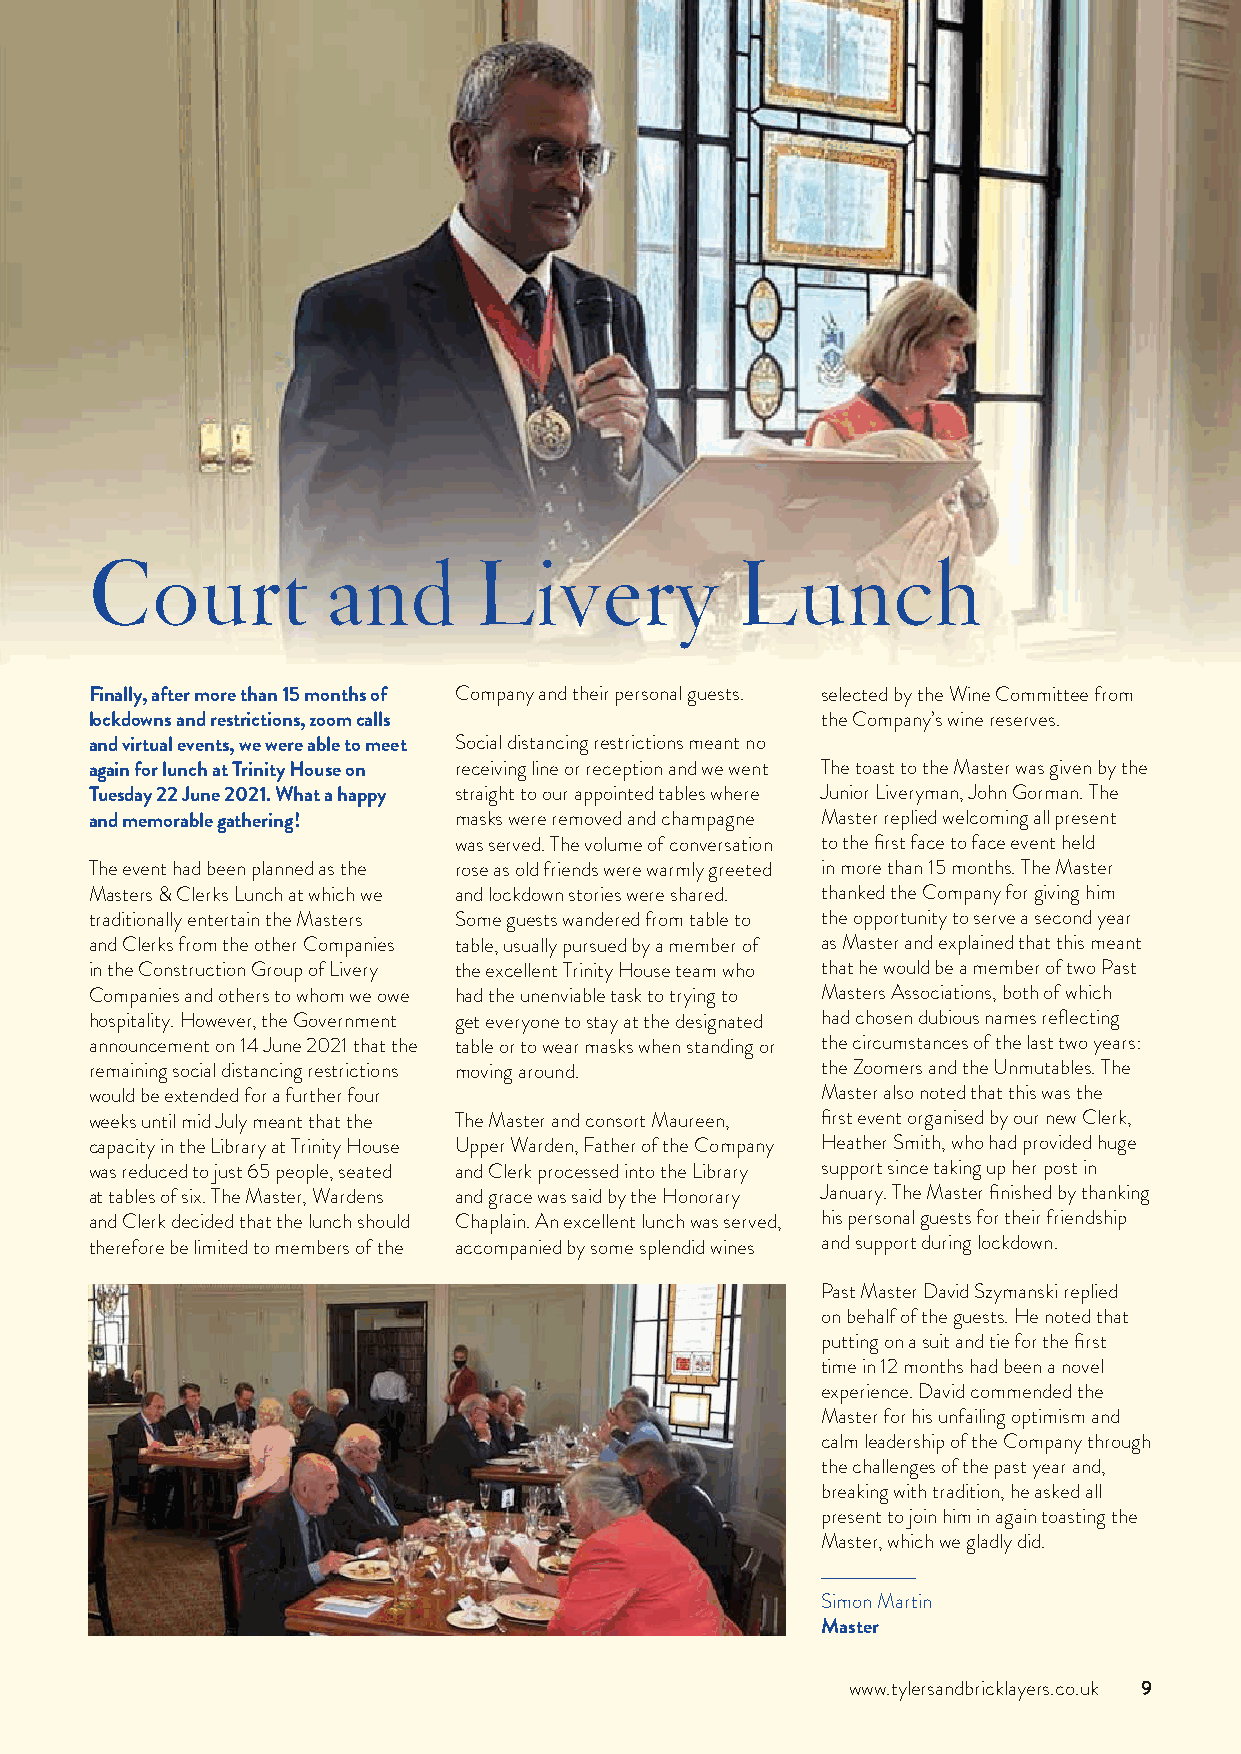
Court           and      Livery            Lunch
 Finally, after more than 15 months of Company and their personal guests. selected by the Wine Committee from
 lockdowns and restrictions, zoom calls          the Company’s wine reserves.
 and virtual events, we were able to meet Social distancing restrictions meant no
 again for lunch at Trinity House on receiving line or reception and we went The toast to the Master was given by the
 Tuesday 22 June 2021. What a happy straight to our appointed tables where Junior Liveryman, John Gorman. The
 and memorable gathering! masks were removed and champagne Master replied welcoming all present
 was served. The volume of conversation to the first face to face event held
 The event had been planned as the rose as old friends were warmly greeted in more than 15 months. The Master
 Masters & Clerks Lunch at which we and lockdown stories were shared. thanked the Company for giving him
 traditionally entertain the Masters Some guests wandered from table to the opportunity to serve a second year
 and Clerks from the other Companies table, usually pursued by a member of as Master and explained that this meant
 in the Construction Group of Livery the excellent Trinity House team who that he would be a member of two Past
 Companies and others to whom we owe had the unenviable task to trying to Masters Associations, both of which
 hospitality. However, the Government get everyone to stay at the designated had chosen dubious names reflecting
 announcement on 14 June 2021 that the table or to wear masks when standing or the circumstances of the last two years:
 remaining social distancing restrictions moving around. the Zoomers and the Unmutables. The
 would be extended for a further four            Master also noted that this was the
 weeks until mid July meant that the The Master and consort Maureen, first event organised by our new Clerk,
 capacity in the Library at Trinity House Upper Warden, Father of the Company Heather Smith, who had provided huge
 was reduced to just 65 people, seated and Clerk processed into the Library support since taking up her post in
 at tables of six. The Master, Wardens and grace was said by the Honorary January. The Master finished by thanking
 and Clerk decided that the lunch should Chaplain. An excellent lunch was served, his personal guests for their friendship
 therefore be limited to members of the accompanied by some splendid wines and support during lockdown.
 Past Master David Szymanski replied
 on behalf of the guests. He noted that
 putting on a suit and tie for the first
 time in 12 months had been a novel
 experience. David commended the
 Master for his unfailing optimism and
 calm leadership of the Company through
 the challenges of the past year and,
 breaking with tradition, he asked all
 present to join him in again toasting the
 Master, which we gladly did.
 Simon Martin
 Master
 www.tylersandbricklayers.co.uk 9